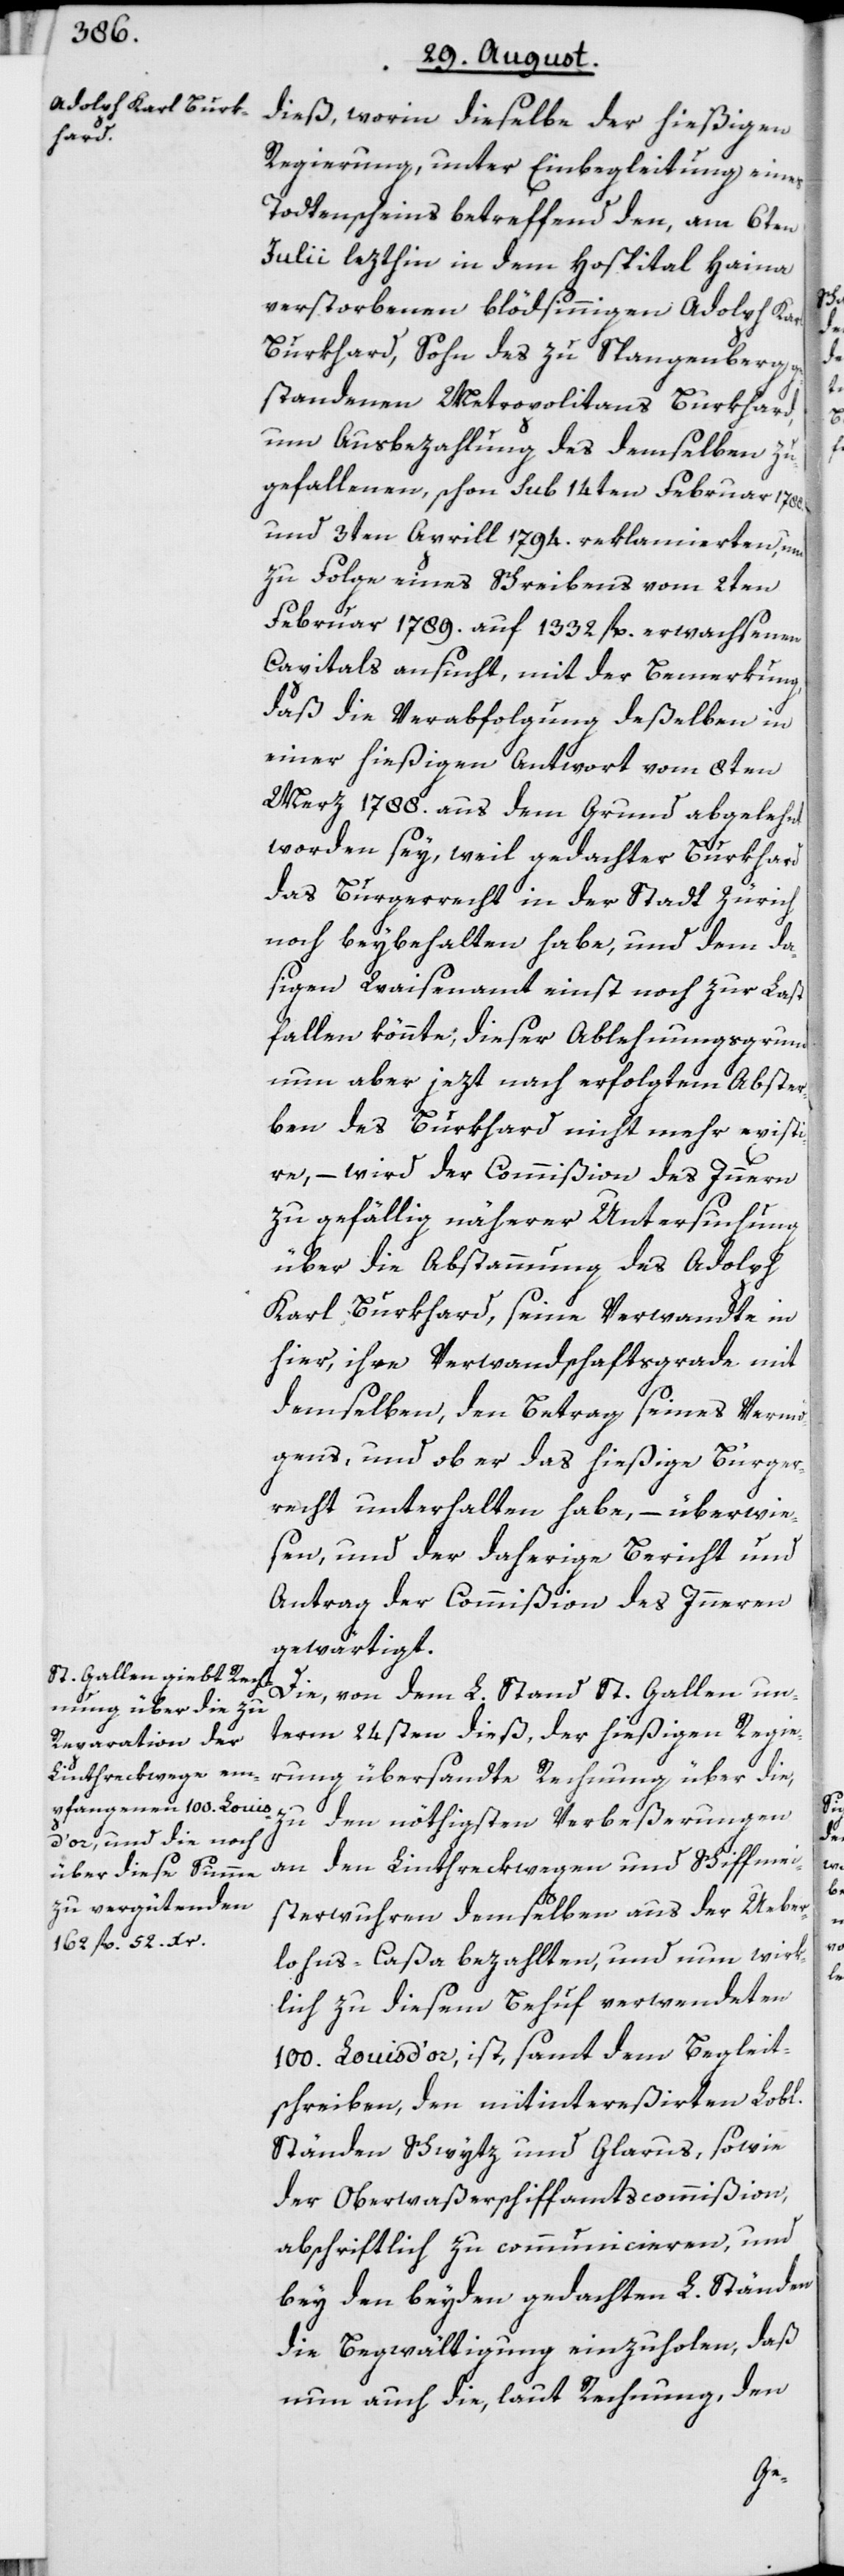
dieß, worin dieselbe der hießigen
Regierung, unter Einbegleitung eines
Todtenscheins betreffend den, am 6ten
Julii lezthin in dem Hospital Haina
verstorbenen blödsinnigen Adolph Karl
Burkhard, Sohn des zu Spangenberg
standenen Metropolitans Burkhard,
um Ausbezahlung des demselben zu¬
gefallenen, schon sub 14ten Februar 1788.
und 3ten Aprill 1794. reklamierten, und
zu Folge eines Schreibens vom 2ten
Februar 1789. auf 1332 fl. erwachsenen
Capitals ansucht, mit der Bemerkung,
daß die Verabfolgung deßelben in
einer hießigen Antwort vom 8ten
Merz 1788. aus dem Grund abgelehnt
worden sey, weil gedachter Burkhard
das Bürgerrecht in der Stadt Zürich
noch beybehalten habe, und dem da¬
sigen Waisenamt einst noch zur Last
fallen könnte; dieser Ablehnungsgrund
nun aber jezt nach erfolgtem Abster¬
ben des Burkhard nicht mehr existi¬
re, – wird der Commißion des Innern
zu gefällig näherer Untersuchung
über die Abstammung des Adolph
Karl Burkhard, seine Verwandte in
hier, ihre Verwand[t]schaftsgrade mit
demselben, den Betrag seines Vermö¬
gens, und ob er das hießige Bürger¬
recht unterhalten habe, – überwie¬
sen, und der daherige Bericht und
Antrag der Commißion des Inneren
gewärtigt.
Die, von dem L. Stand St. Gallen un¬
term 24sten dieß, der hießigen Regie¬
rung übersandte Rechnung über die,
zu den nöthigsten Verbeßerungen
an den Linthreckwegen und Schiffmei¬
sterwuhren demselben aus der Ueber¬
lohns-Caßa bezahlten, und nun wirk¬
lich zu diesem Behuf verwendeten
100. Louis d’or, ist, samt dem Begleit¬
schreiben, den mitintereßirten Lobl.
Ständen Schwytz und Glarus, sowie
der Oberwaßerschiffamtscommißion,
abschriftlich zu communicieren, und
bey den beyden gedachten L. Ständen
die Begwältigung einzuholen, daß
nun auch die, laut Rechnung, den
ge¬